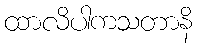
ထာလိပါကသတာနိ